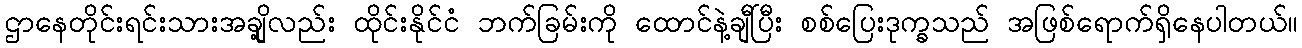
ဌာနေတိုင်းရင်းသားအချို့လည်း ထိုင်းနိုင်ငံ ဘက်ခြမ်းကို ထောင်နဲ့ချီပြီး စစ်ပြေးဒုက္ခသည် အဖြစ်ရောက်ရှိနေပါတယ်။